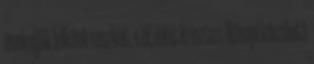
énekeljük lelkünk reszket, s él, mint Krisztus. Nőnapi köszöntő